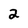
Character: 2